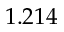
1 . 2 1 4